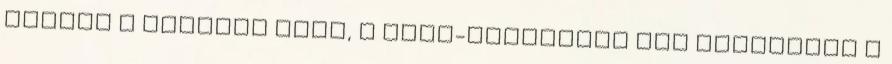
Amikor e sorokat írom, a Sims-franchise épp túllépett a